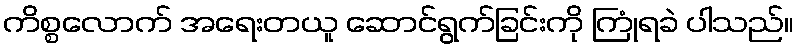
ကိစ္စလောက် အရေးတယူ ဆောင်ရွက်ခြင်းကို ကြုံရခဲ ပါသည်။